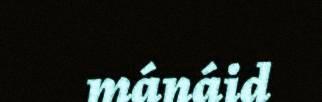
mánáid